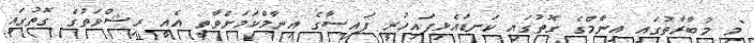
"މި މުބާރާތުގައި އިނާމްގެ ގޮތުގައި ކަނޑައެޅިފައިހުރީ ފައިސާގެ އިނާމްކަމަށްވާތީ އެއީ ރިޝްވަތުގެ ގޮތުގައި